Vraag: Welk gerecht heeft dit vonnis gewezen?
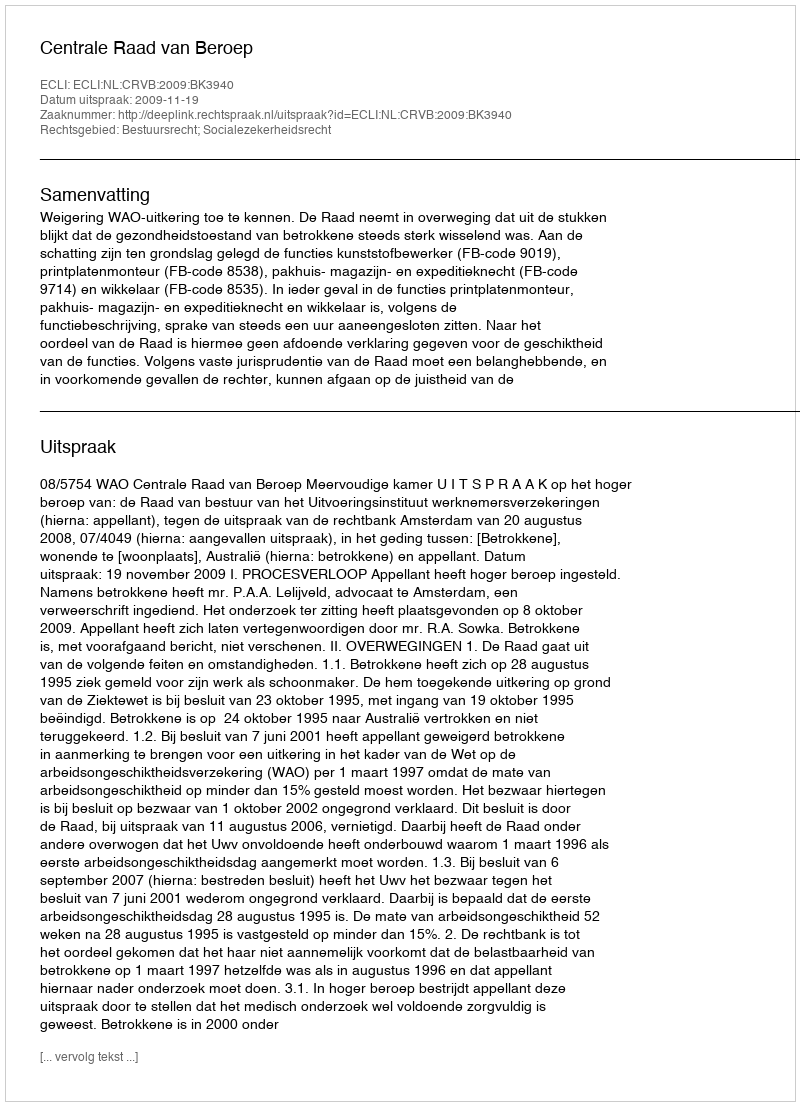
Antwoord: Centrale Raad van Beroep